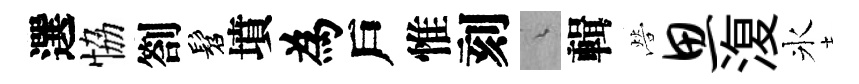
選恊劄髫墳為戶惟刻綿輯營思𣸪氷